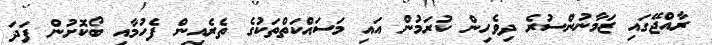
ރާއްޖޭގައި ޒަމާނުންސުރެ ދިވެހިން ކުރަމުން އައި މަސައްކަތްތަކުގެ ތެރެއިން ފެހުމާއި ބޯކޮށުން ފަދަ